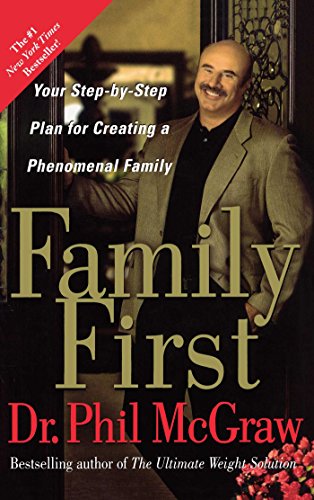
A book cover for Family First: Your Step-by-Step Plan for Creating a Phenomenal Family; Dr. Phil McGraw; Parenting & Relationships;